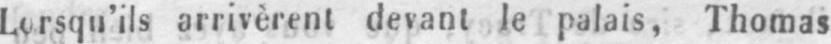
Lorsqu’ils arrivèrent devant le palais, Thomas